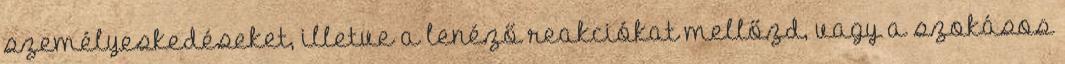
személyeskedéseket, illetve a lenéző reakciókat mellőzd, vagy a szokásos